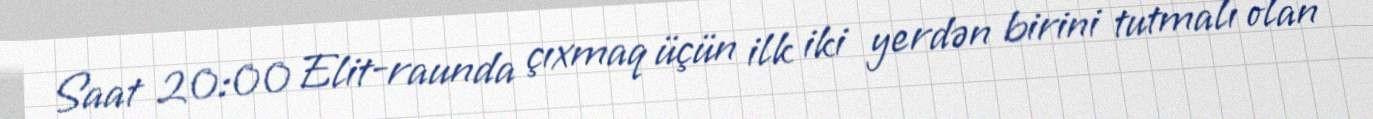
Saat 20:00 Elit-raunda çıxmaq üçün ilk iki yerdən birini tutmalı olan